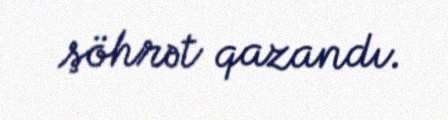
şöhrət qazandı.